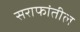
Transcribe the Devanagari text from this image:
सराफांतील